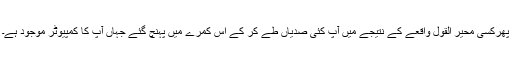
پھرکسی محیر القول واقعے کے نتیجے میں آپ کئی صدیاں طے کر کے اس کمرے میں پہنچ گئے جہاں آپ کا کمپیوٹر موجود ہے۔